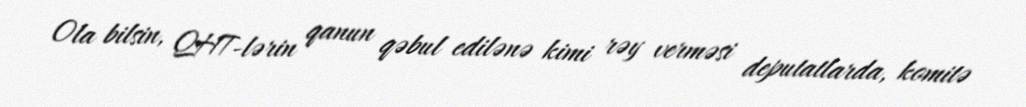
Ola bilsin, QHT-lərin qanun qəbul edilənə kimi rəy verməsi deputatlarda, komitə